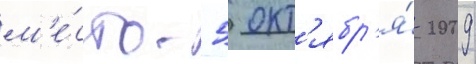
м'е́сто. 5 окт'ябр'я́ 2009